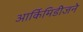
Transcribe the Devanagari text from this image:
आर्किमिडीजने